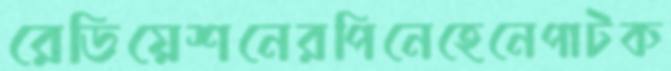
রেডিয়েশনেরপিনেহেনেপাটক